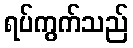
ရပ်ကွက်သည်